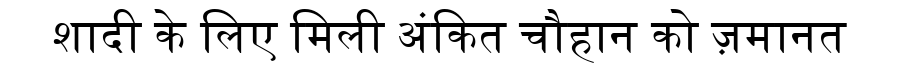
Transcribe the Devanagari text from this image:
शादी के लिए मिली अंकित चौहान को ज़मानत